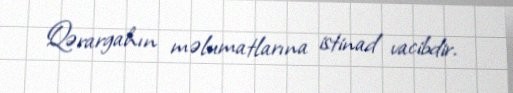
Qərargahın məlumatlarına istinad vacibdir.